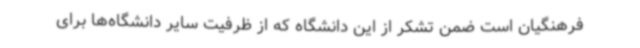
فرهنگیان است ضمن تشکر از این دانشگاه که از ظرفیت سایر دانشگاه‌ها برای